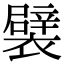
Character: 襞